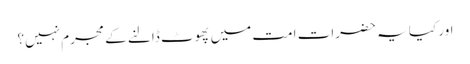
اور کیا یہ حضرات امت میں پھوٹ ڈالنے کے مجرم نہیں؟